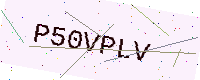
Text: P50VPLV